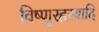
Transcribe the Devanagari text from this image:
विष्णुरहस्यादि